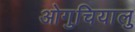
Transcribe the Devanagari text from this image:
ओगुचियालु